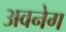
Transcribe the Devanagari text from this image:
अवनेग